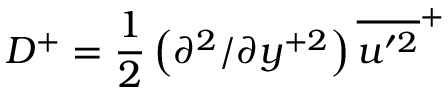
D ^ { + } = \frac { 1 } { 2 } \left( \partial ^ { 2 } / \partial y ^ { + 2 } \right) \overline { { u ^ { \prime 2 } } } ^ { + }